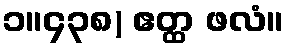
၁။၄၃၈) ဧတ္ထ ဖလံ။